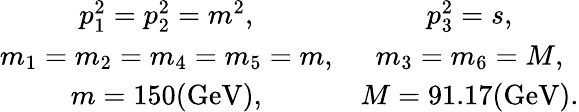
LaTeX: \begin{array}{cc}{{p_{1}^{2}=p_{2}^{2}=m^{2},}}&{{p_{3}^{2}=s,}}\\ {{m_{1}=m_{2}=m_{4}=m_{5}=m,}}&{{m_{3}=m_{6}=M,}}\\ {{m=150\mathrm{(GeV)},}}&{{M=91.17\mathrm{(GeV)}.}}\end{array}